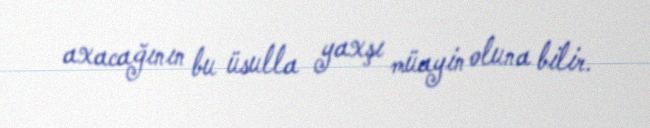
axacağının bu üsulla yaxşı müayin oluna bilir.